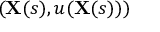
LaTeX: ( \mathbf { X } ( s ) , u ( \mathbf { X } ( s ) ) )